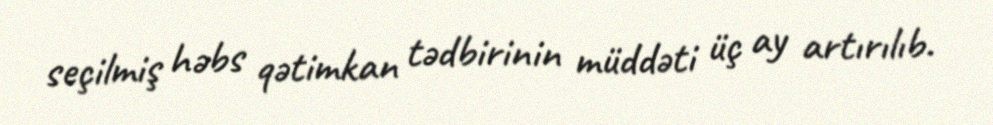
seçilmiş həbs qətimkan tədbirinin müddəti üç ay artırılıb.